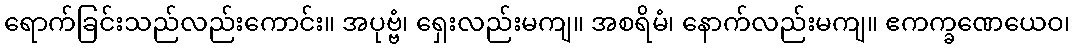
ရောက်ခြင်းသည်လည်းကောင်း။ အပုဗ္ဗံ၊ ရှေးလည်းမကျ။ အစရိမံ၊ နောက်လည်းမကျ။ ဧကက္ခဏေယေဝ၊